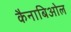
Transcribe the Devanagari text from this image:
कैनाबिओल